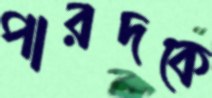
পারদকে